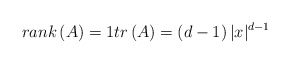
\begin{align*}rank\left( A\right) =1tr\left( A\right) =\left( d-1\right)|x|^{d-1}\end{align*}